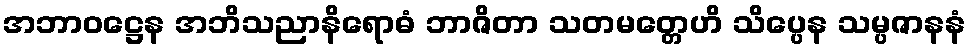
အဘာဝဋ္ဌေန အဘိသညာနိရောဓံ ဘာဇိတာ သတမတ္တေဟိ သိပ္ပေန သမ္ပဇာနနံ